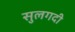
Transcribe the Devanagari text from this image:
सुलगदी